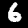
Digit: 6